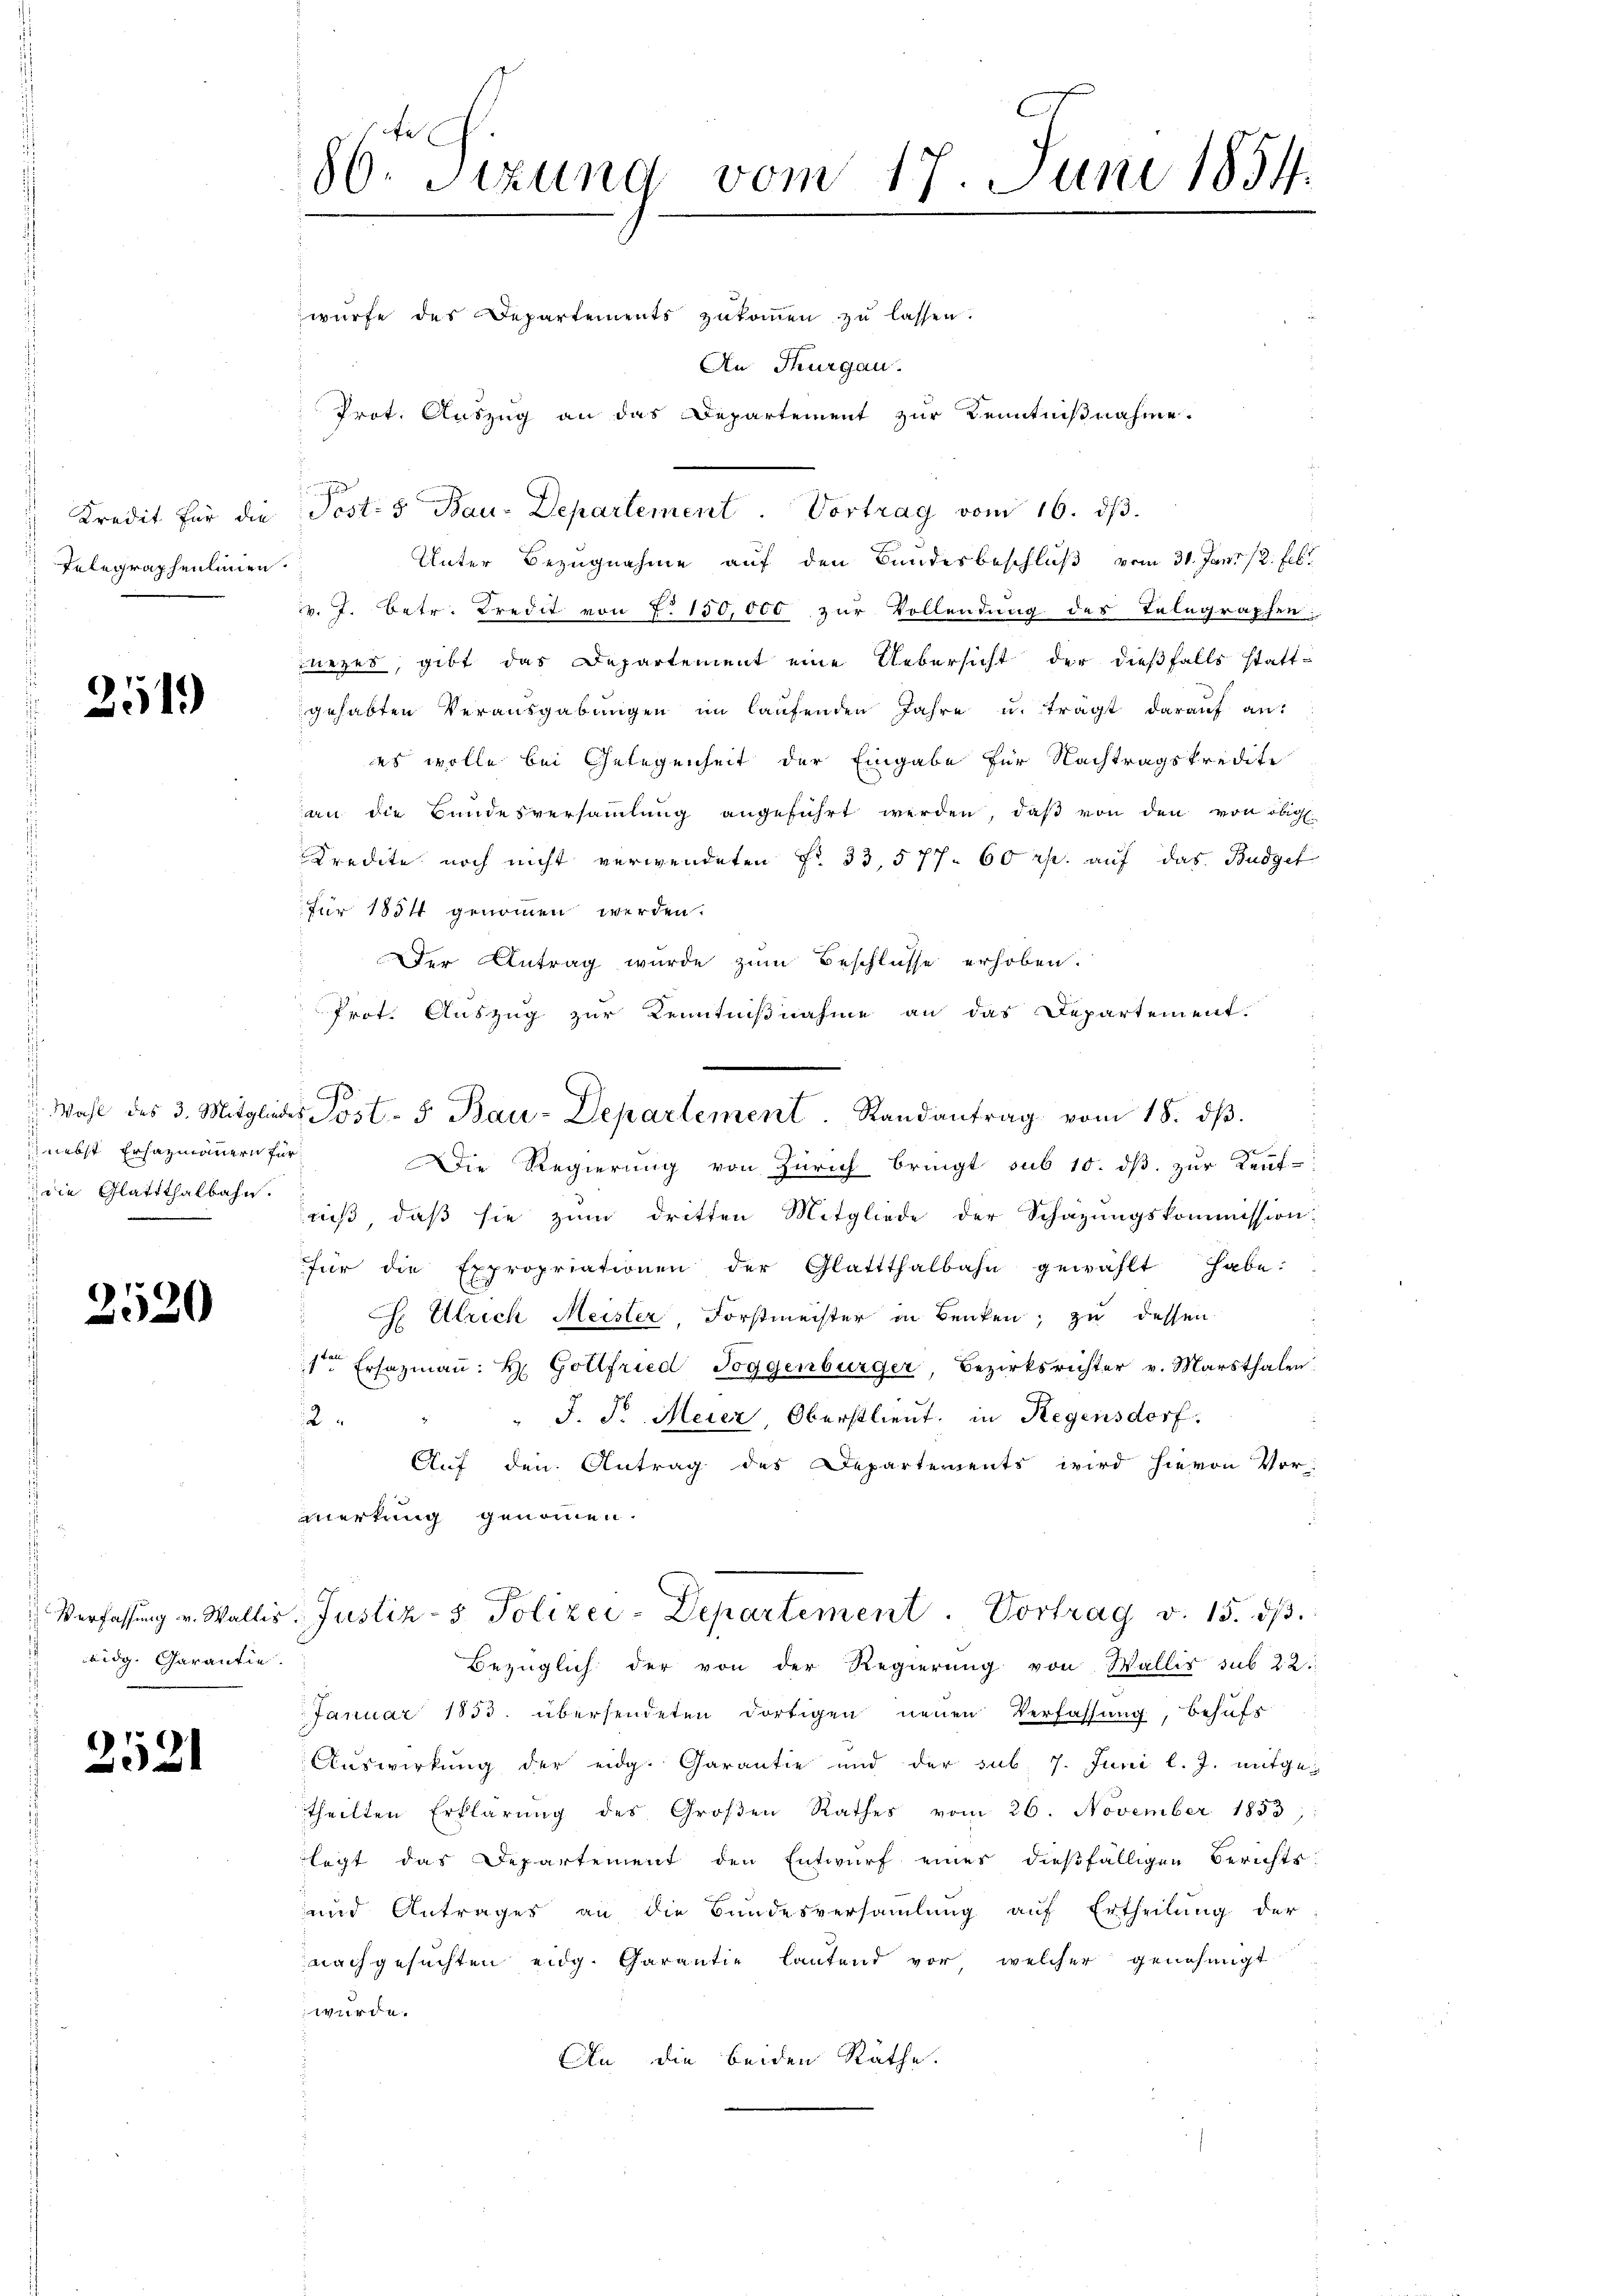
Telegraphenlinien.

251)

nebst Ersazmannern für
 die Glattthalbahn.

2520

eidg. Garantie.

2521

d.
30. Sitzung vom 17. Juni 1854.

An Thurgau.
Unter Bezugnahme auf den Bundesbeschluß vom 30. Juni /2. Febr
v. J. Betr. Kredit von 7. 150,000 zur Vollendung des Telegraphen
nezes, gibt das Departement eine Uebersicht der dießfalls statt-
gehabten Verausgabungen im laufenden Jahre u. trägt darauf an:
es wolle bei Gelegenheit der Eingabe für Nachtragskrediti
an die Bundesversaṁlŭng angeführt werden, daβ von den von obig
Kredite noch nicht verwendeten Fr. 33, 577. 60 rp. auf das Budget
für 1854 genommen werden.
Der Antrag wurde zum Beschlusse erhoben.
Prot. Auszug zur Kenntnißnahme an das Departement.
Die Regierung von Zürich bringt sub 10. dβ zŭr Kent-
niß, daß sie zum dritten Mitgliede der Schazungskommission
für die Expropriationen der Glattthalbahn gewählt habe:
 Ulrich Meister, Forstmeister in Benken, zu dessen
1 Ersazmaṅ: H: Gottfried Toggenbürger, Bezirksrichter v. Marsthalen
" J. P. Meier, Oberstlieut. in Regensdorf.
1
Auf den Antrag des Departements wird hievon Vormerkung genommen.
Verfassŭng v. Wallis, Justiz- & Polizei-Departement. Vortrag v. 15. dβ.
Bezüglich der von der Regierŭng von Wallis sub 22.
Januar 1833. übersendeten dortigen neuen Verfassung, behufs
Auswirkung der eidg. Garantie und der sub. 7. Juni l. J. mitgetheilten Erklärung des Großen Rathes vom 26. November 1853,
legt das Departement den Entwurf eines dießfälligen Berichts-
und Antrages an die Bundesversaṁlŭng aŭf Ertheilŭng der
nachgesuchten eidg. Garantie lautend vor, welcher genehmigt
wurde.
An die beiden Räthe.

würfe des Departements zukommen zu lassen.

Prot. Auszug an das Departement zur Kenntnißnahme.
Kredit für die Post. 5 Bau-Departement. Vortrag vom 16. dβ.

Wahl des 3. Mitgliedes Post- 5. Bau-Departement. Randantrag vom 18. dβ.